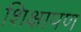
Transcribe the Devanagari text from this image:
शिक्षापण